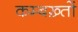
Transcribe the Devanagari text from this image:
कम्बख़्तों